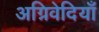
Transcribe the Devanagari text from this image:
अग्निवेदियाँ